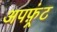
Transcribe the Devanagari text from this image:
अपफ़्रंट